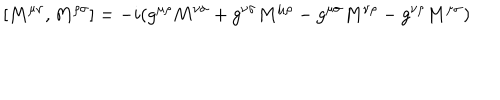
[ M ^ { \mu \nu } , M ^ { \rho \sigma } ] = - i ( g ^ { \mu \rho } M ^ { \nu \sigma } + g ^ { \nu \sigma } M ^ { \mu \rho } - g ^ { \mu \sigma } M ^ { \nu \rho } - g ^ { \nu \rho } M ^ { \mu \sigma } )